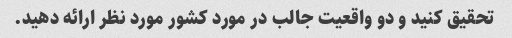
تحقیق کنید و دو واقعیت جالب در مورد کشور مورد نظر ارائه دهید.